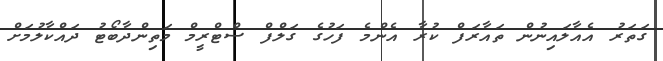
ގަތަރު އެއާލައިނުން ތައާރަފް ކުރާ އެންމެ ފަހުގެ ގަލްފް ސްޓްރީމް މަތިންދާބޯޓު ދައްކާލުމަށް